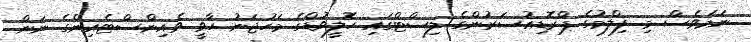
ނަމަވެސް މި ފިލްމުގެ ޕްރޮޑިއުސަރުންގެ ލިސްޓްގައި ހޮލީވުޑްގެ މަހުޖަނު ހާވީ ވެއިންސްޓެއިންގެ ނަން